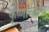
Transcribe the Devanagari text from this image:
कृष्णाच्याच